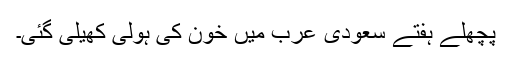
پچھلے ہفتے سعودی عرب میں خون کی ہولی کھیلی گئی۔